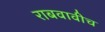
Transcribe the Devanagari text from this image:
राबवावीच